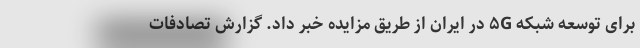
برای توسعه شبکه ۵G در ایران از طریق مزایده خبر داد. گزارش تصادفات